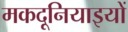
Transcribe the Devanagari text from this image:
मकदूनियाइयों